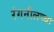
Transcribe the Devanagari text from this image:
रंगनीलच्या